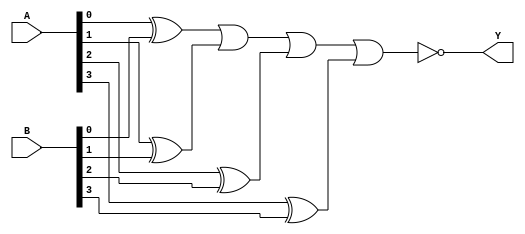
`timescale 1ns / 1ps
//////////////////////////////////////////////////////////////////////////////////
// Company: 
// Engineer: 
// 
// Design Name: 
// Module Name: CPT4
// Project Name: 
// Target Devices: 
// Tool Versions: 
// Description: 
// 
// Dependencies: 
// 
// Revision:
// Revision 0.01 - File Created
// Additional Comments:
// 
//////////////////////////////////////////////////////////////////////////////////


module CPT4(A,B,Y);
    input [3:0] A,B;
    output Y;
    xor i0(D0,A[0],B[0]);
    xor i1(D1,A[1],B[1]);
    xor i2(D2,A[2],B[2]);
    xor i3(D3,A[3],B[3]);
    nor i4(Y,D0,D1,D2,D3);
endmodule